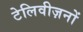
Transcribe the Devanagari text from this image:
टेलिवीज़नों